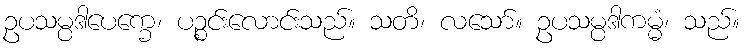
ဥပသမ္ပဒါပေက္ခေ၊ ပဉ္စင်းလောင်းသည်။ သတိ၊ လသော်။ ဥပသမ္ပဒါကမ္မံ၊ သည်။